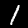
Digit: 1